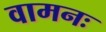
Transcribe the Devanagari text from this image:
वामनः